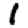
Digit: 1